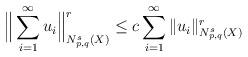
LaTeX: \begin{align*}\Big\|\sum_{i=1}^\infty u_i\Big\|_{N^s_{p,q}(X)}^r\le c\sum_{i=1}^\infty\|u_i\|_{N^s_{p,q}(X)}^r\end{align*}